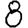
Digit: 8